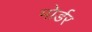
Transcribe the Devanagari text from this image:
मोर्डर